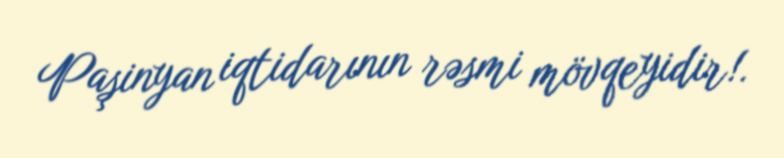
Paşinyan iqtidarının rəsmi mövqeyidir!.